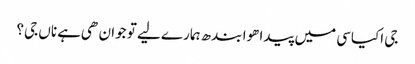
جی اکیاسی میں پیدا هوا بندھ ہمارے لیے تو جوان هی ہے ناں جی؟